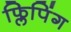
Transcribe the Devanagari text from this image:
फ्लिपिंग